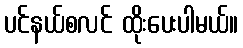
ပင်နယ်စလင် ထိုးပေးပါမယ်။